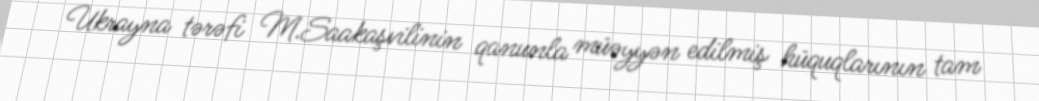
Ukrayna tərəfi M.Saakaşvilinin qanunla müəyyən edilmiş hüquqlarının tam